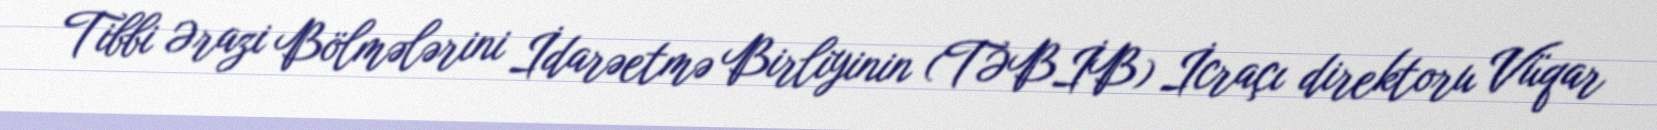
Tibbi Ərazi Bölmələrini İdarəetmə Birliyinin (TƏBİB) İcraçı direktoru Vüqar